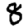
Digit: 8